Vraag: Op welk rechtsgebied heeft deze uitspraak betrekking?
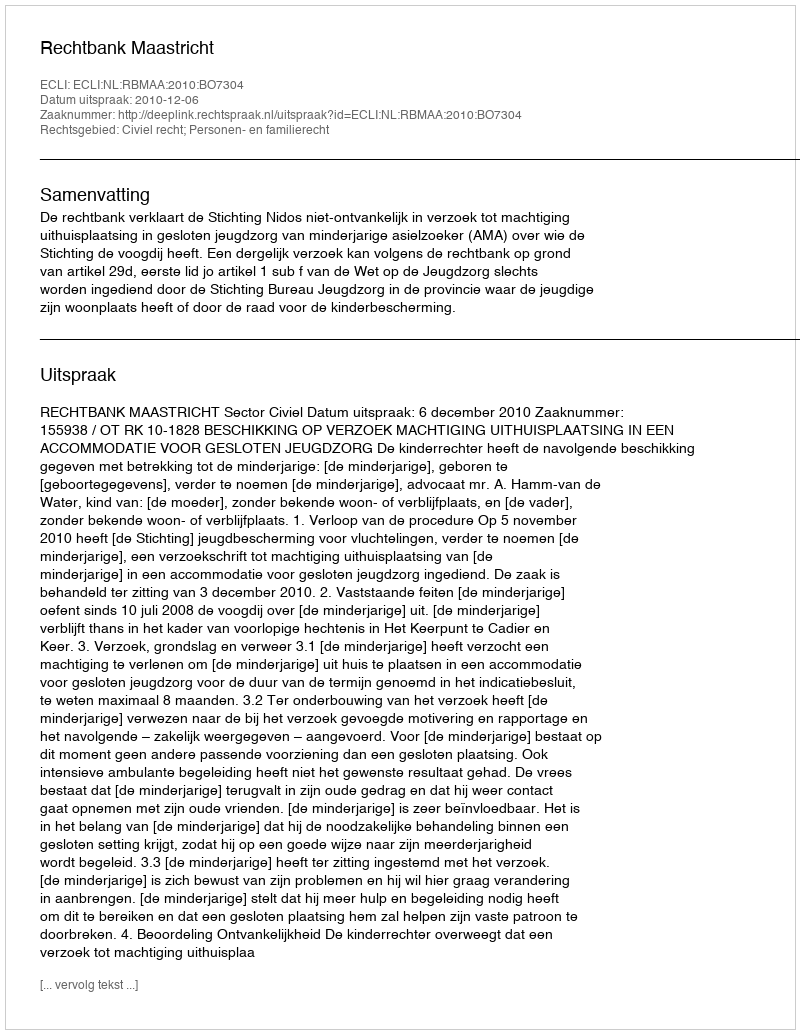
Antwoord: Civiel recht; Personen- en familierecht